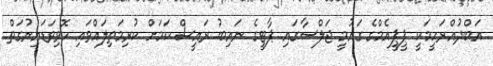
އަބްދުއްރަހީމަކީ ޕީޕީއެމްގެ ގައުމީ ޖަލްސާގައި ޕާޓީގެ ނައިބު ރައީސް ކަމަށް ކުރިމަތިލައްވައި ހޮވިވަޑައިނުގަތް